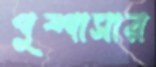
পুষ্পাসার